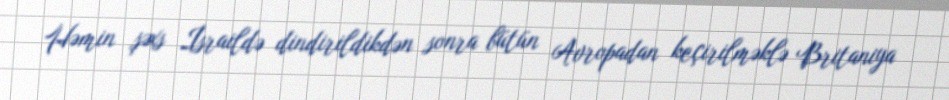
Həmin şəxs İsraildə dindirildikdən sonra bütün Avropadan keçirilməklə Britaniya